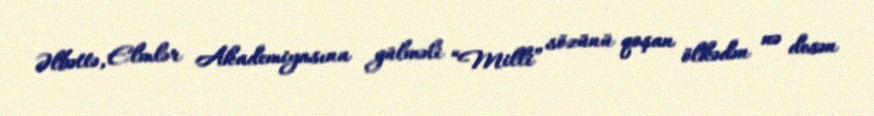
Əlbəttə, Elmlər Akademiyasına gülməli “Milli” sözünü qoşan ölkədən nə desən